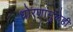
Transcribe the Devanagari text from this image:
धोरणांमुळेही